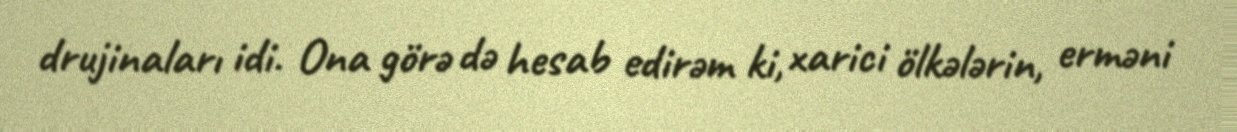
drujinaları idi. Ona görə də hesab edirəm ki, xarici ölkələrin, erməni